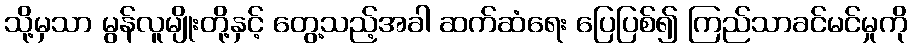
သို့မှသာ မွန်လူမျိုးတို့နှင့် တွေ့သည့်အခါ ဆက်ဆံရေး ပြေပြစ်၍ ကြည်သာခင်မင်မှုကို